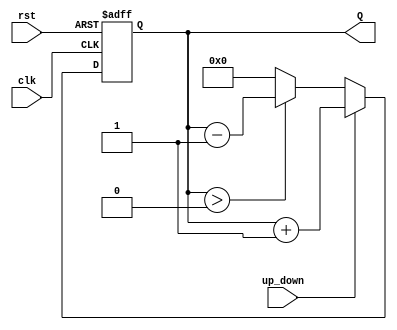
module up_down_counter #(
    parameter N = 4  // Parameter to define the width of the counter
) (
    input wire clk,
    input wire rst,
    input wire up_down,
    output reg [N-1:0] Q
);

    // Initial value of the counter
    initial begin
        Q = 0;
    end

    // Behavior on clock edge
    always @(posedge clk or posedge rst) begin
        if (rst) begin
            Q <= 0;  // Reset the counter to 0
        end else begin
            // Up/Down counting logic
            if (up_down) begin
                // Increment
                Q <= Q + 1;
            end else begin
                // Decrement (with underflow handling)
                if (Q > 0) begin
                    Q <= Q - 1;
                end else begin
                    Q <= 0; // Prevent underflow
                end
            end
        end
    end

endmodule